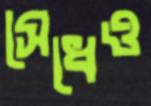
সেধেও